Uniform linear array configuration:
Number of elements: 12
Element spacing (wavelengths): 0.75
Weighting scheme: hamming
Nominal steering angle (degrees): -60
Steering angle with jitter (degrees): -58.674
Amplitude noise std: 0.05
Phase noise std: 0.05

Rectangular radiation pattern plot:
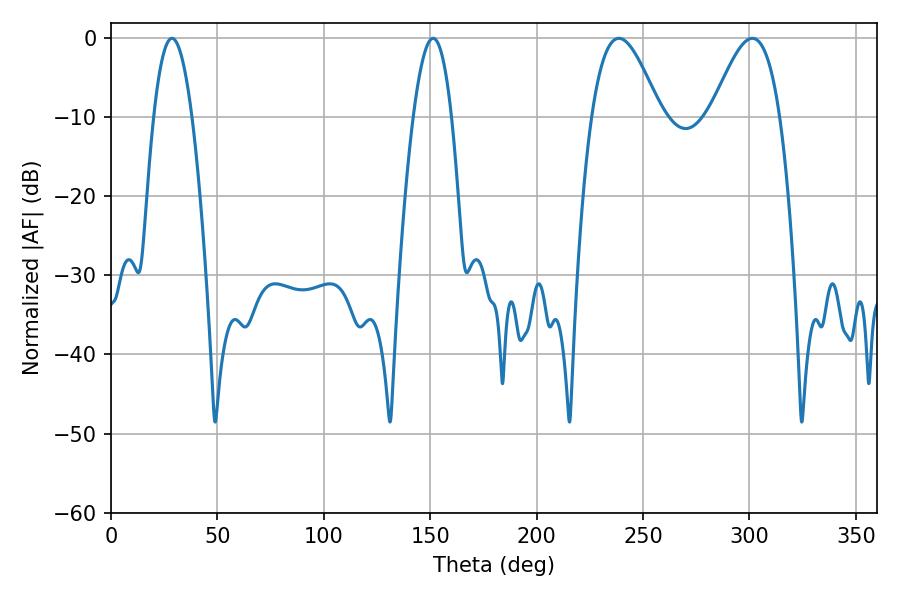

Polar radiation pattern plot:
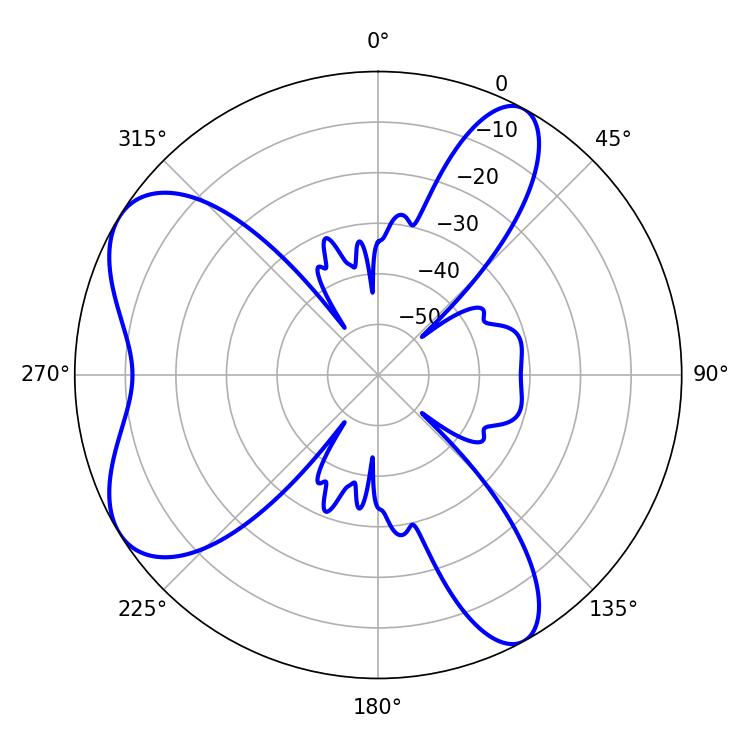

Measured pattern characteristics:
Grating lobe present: TRUE
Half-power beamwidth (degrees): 17.28
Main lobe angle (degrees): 238.68